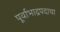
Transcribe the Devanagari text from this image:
पूर्वाभाद्रपदाचा